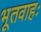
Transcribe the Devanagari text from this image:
भूतवाहः